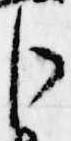
臣